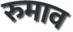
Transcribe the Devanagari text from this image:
रुमाव